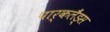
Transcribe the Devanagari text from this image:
पार्कलैंड्स